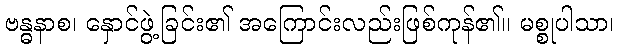
ဗန္ဓနာစ၊ နှောင်ဖွဲ့ခြင်း၏ အကြောင်းလည်းဖြစ်ကုန်၏။ မစ္စုပါသာ၊